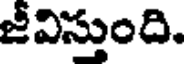
జీవిస్తుంది.